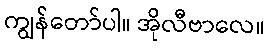
ကျွန်တော်ပါ။ အိုလီဗာလေ။